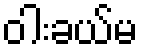
ဝါးခယ်မ